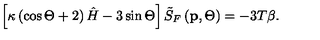
\left[ \kappa \left( \cos \Theta + 2 \right) \hat { H } - 3 \sin \Theta \right] \tilde { S } _ { F } \left( \mathbf { p } , \Theta \right) = - 3 T \beta .